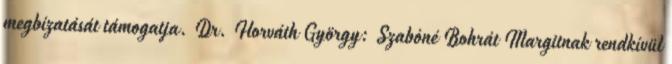
megbízatását támogatja. Dr. Horváth György: Szabóné Bohrát Margitnak rendkívül